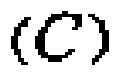
\((C)\)